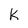
Character: K